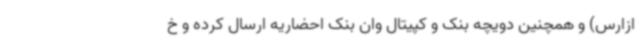
ازارس) و همچنین دویچه بنک و کپیتال وان بنک احضاریه ارسال کرده و خ